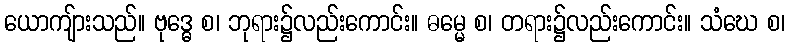
ယောကျ်ားသည်။ ဗုဒ္ဓေ စ၊ ဘုရား၌လည်းကောင်း။ ဓမ္မေ စ၊ တရား၌လည်းကောင်း။ သံဃေ စ၊